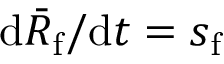
\mathrm { d } \bar { R } _ { \mathrm { f } } / \mathrm { d } t = s _ { \mathrm { f } }